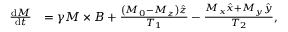
\begin{array} { r l } { \frac { \mathrm { d } \boldsymbol { M } } { \mathrm { d } t } } & { = \gamma \boldsymbol { M } \times \boldsymbol { B } + \frac { \left( M _ { 0 } - M _ { z } \right) \hat { \boldsymbol { z } } } { T _ { 1 } } - \frac { M _ { x } \hat { \boldsymbol { x } } + M _ { y } \hat { \boldsymbol { y } } } { T _ { 2 } } , } \end{array}